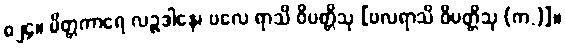
၈၂၄။ မိတ္တကာရေ လဉ္ဇဒါနေ၊ ဗလေ ရာသိ ဝိပတ္တိသု [ဗလရာသိ ဝိပတ္တိသု (က.)]။